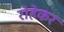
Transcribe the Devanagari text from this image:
रोहेकर